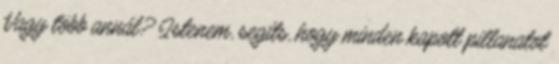
Vagy több annál? Istenem, segíts, hogy minden kapott pillanatot